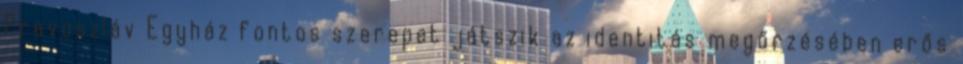
Pravoszláv Egyház fontos szerepet játszik az identitás megőrzésében erős